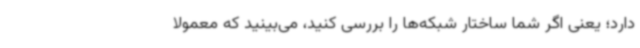
دارد؛ یعنی اگر شما ساختار شبکه‌ها را بررسی کنید، می‌بینید که معمولاً